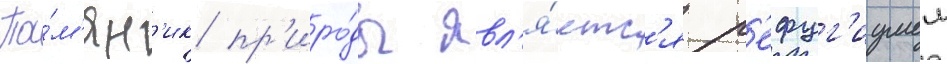
Па́м'ятн'ик пр'иро́ды явл'я́етс'я р'ефуг'иумом